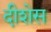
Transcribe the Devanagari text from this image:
दीशेस